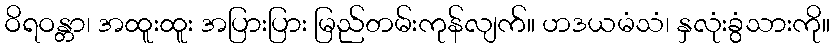
ဝိရဝန္တာ၊ အထူးထူး အပြားပြား မြည်တမ်းကုန်လျက်။ ဟဒယမံသံ၊ နှလုံးခွံသားကို။